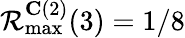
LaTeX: \mathcal{R}_{\operatorname*{max}}^{\mathbf{C}(2)}(3)=1/8